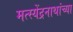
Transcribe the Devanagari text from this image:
मत्स्येंद्रनाथांच्या